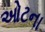
ઓટના